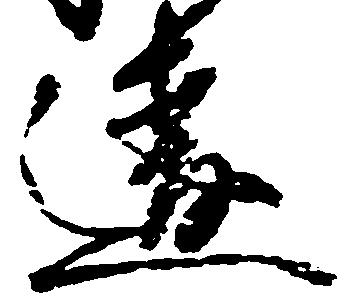
違